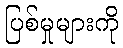
ပြစ်မှုများကို